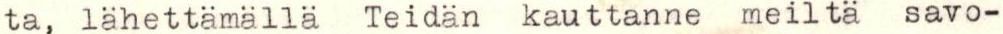
ta, lähettämällä Teidän kauttanne meiltä savo-